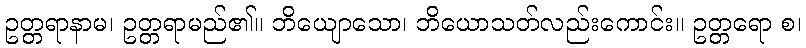
ဥတ္တရာနာမ၊ ဥတ္တရာမည်၏။ ဘိယျောသော၊ ဘိယောသတ်လည်းကောင်း။ ဥတ္တရော စ၊